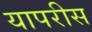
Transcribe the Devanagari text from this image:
यापरीस